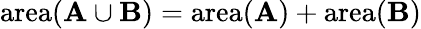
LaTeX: \operatorname{area}(\mathbf{A}\cup\mathbf{B})=\operatorname{area}(\mathbf{A})+\operatorname{area}(\mathbf{B})